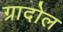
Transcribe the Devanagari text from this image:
ग्रादोल